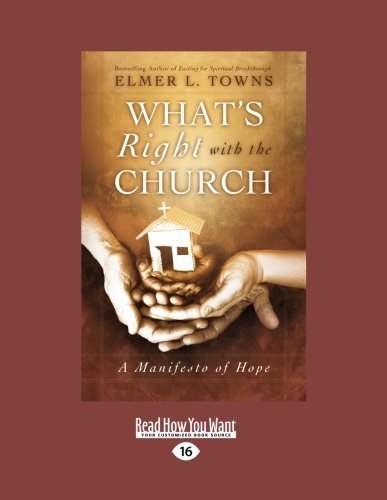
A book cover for What's Right with the Church: A Manifesto of Hope; Elmer L. Towns; Religion & Spirituality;